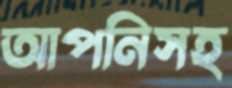
আপনিসহ